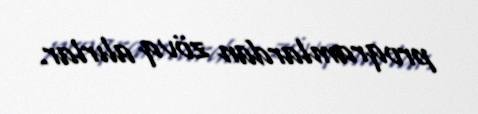
proqramlardan zövq alırlar.